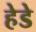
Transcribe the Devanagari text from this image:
हेडे